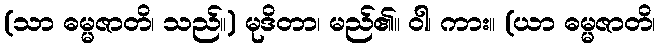
(သာ ဓမ္မဇာတိ၊ သည်။) မုဒိတာ၊ မည်၏။ ဝါ၊ ကား။ (ယာ ဓမ္မဇာတိ၊